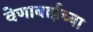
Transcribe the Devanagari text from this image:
वेणाबाईच्या